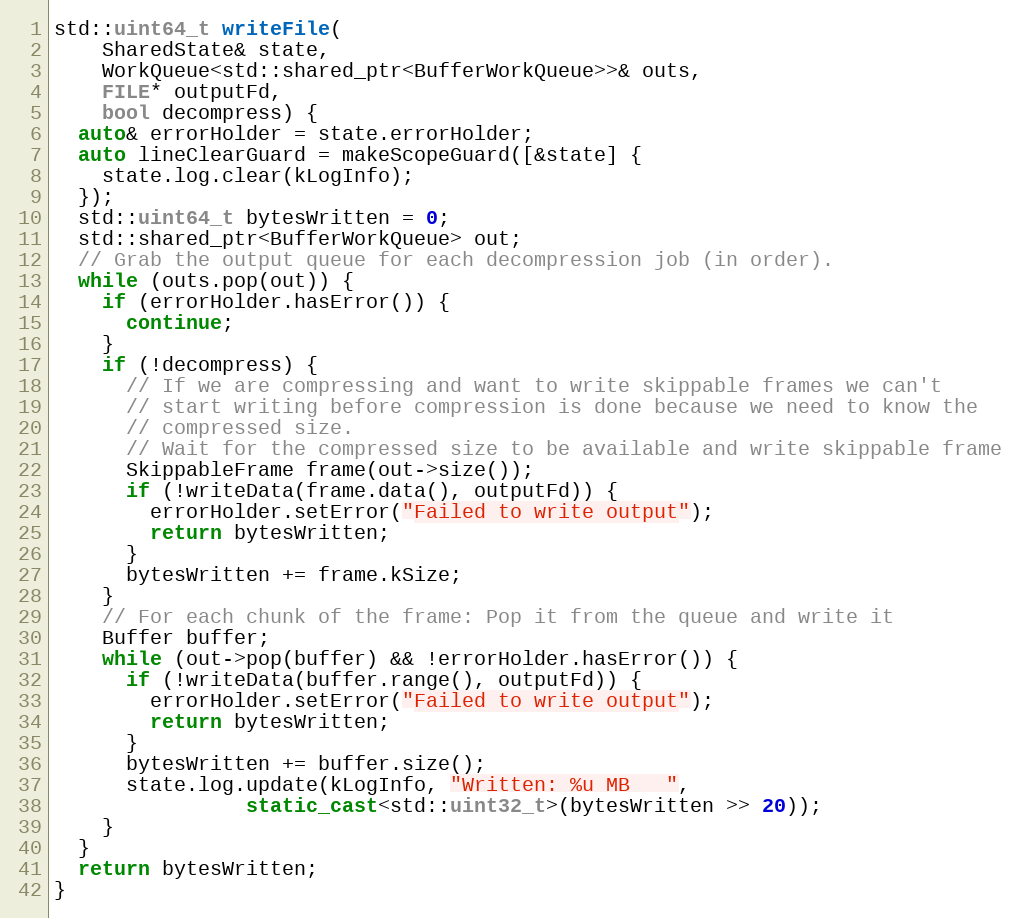
Language: C++
std::uint64_t writeFile(
    SharedState& state,
    WorkQueue<std::shared_ptr<BufferWorkQueue>>& outs,
    FILE* outputFd,
    bool decompress) {
  auto& errorHolder = state.errorHolder;
  auto lineClearGuard = makeScopeGuard([&state] {
    state.log.clear(kLogInfo);
  });
  std::uint64_t bytesWritten = 0;
  std::shared_ptr<BufferWorkQueue> out;
  // Grab the output queue for each decompression job (in order).
  while (outs.pop(out)) {
    if (errorHolder.hasError()) {
      continue;
    }
    if (!decompress) {
      // If we are compressing and want to write skippable frames we can't
      // start writing before compression is done because we need to know the
      // compressed size.
      // Wait for the compressed size to be available and write skippable frame
      SkippableFrame frame(out->size());
      if (!writeData(frame.data(), outputFd)) {
        errorHolder.setError("Failed to write output");
        return bytesWritten;
      }
      bytesWritten += frame.kSize;
    }
    // For each chunk of the frame: Pop it from the queue and write it
    Buffer buffer;
    while (out->pop(buffer) && !errorHolder.hasError()) {
      if (!writeData(buffer.range(), outputFd)) {
        errorHolder.setError("Failed to write output");
        return bytesWritten;
      }
      bytesWritten += buffer.size();
      state.log.update(kLogInfo, "Written: %u MB   ",
                static_cast<std::uint32_t>(bytesWritten >> 20));
    }
  }
  return bytesWritten;
}